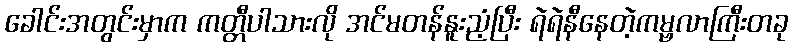
ခေါင်းအတွင်းမှာက ကတ္တီပါသားလို အင်မတန်နူးညံ့ပြီး ရဲရဲနီနေတဲ့ကမ္ဗလာကြီးတခု